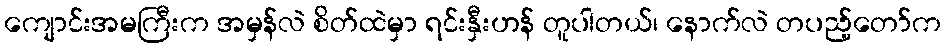
ကျောင်းအမကြီးက အမှန်လဲ စိတ်ထဲမှာ ရင်းနှီးဟန် တူပါတယ်၊ နောက်လဲ တပည့်တော်က